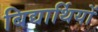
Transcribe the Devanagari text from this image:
बिद्यार्थियों